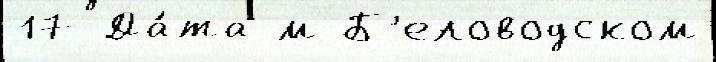
17 Да́та м Б'еловодском